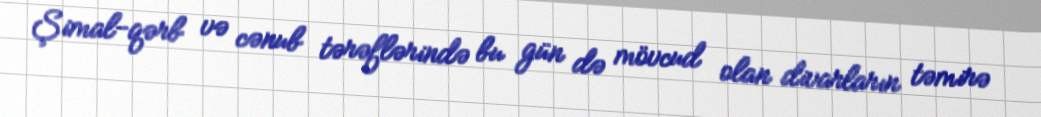
Şimal-qərb və cənub tərəflərində bu gün də mövcud olan divarların təmirə